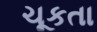
ચૂકતા